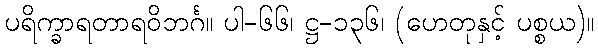
ပရိက္ခာရတာရဝိဘင်္ဂ။ ပါ-၆၆၊ ဋ္ဌ-၁၃၆၊ (ဟေတုနှင့် ပစ္စယ)။